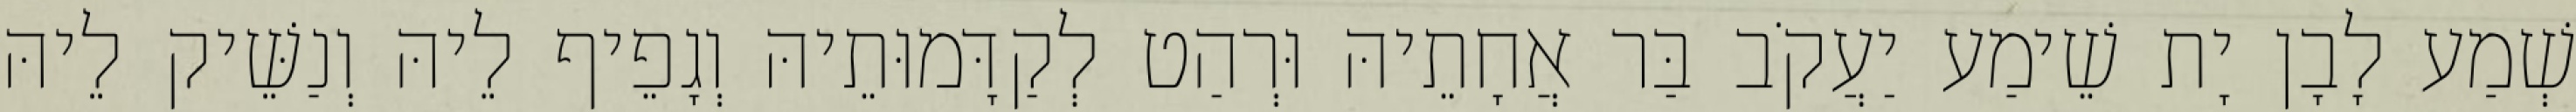
שְׁמַע לָבָן יָת שֵׁימַע יַעֲקֹב בַּר אֲחָתֵיהּ וּרְהַט לְקַדָּמוּתֵיהּ וְגָפֵיף לֵיהּ וְנַשֵּׁיק לֵיהּ